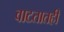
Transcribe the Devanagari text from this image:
वाटतातही